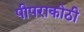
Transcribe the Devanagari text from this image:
पीपराकोठी